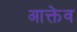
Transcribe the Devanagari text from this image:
आक्तेव